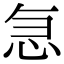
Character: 𭜣